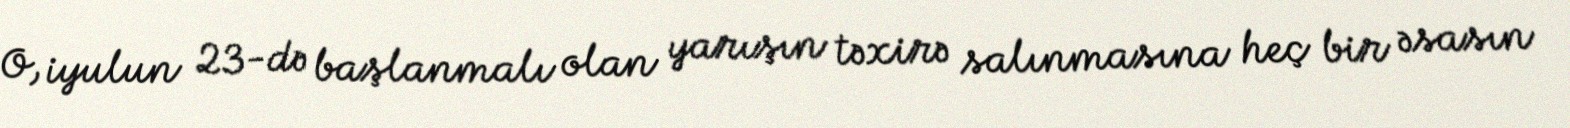
O, iyulun 23-də başlanmalı olan yarışın təxirə salınmasına heç bir əsasın